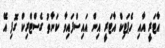
އާޓަރީ އާއި ހެޕަޓިކް އާޓަރީ އިން އައިސްފައިވާ ކަނާތު ގެސްޓްރިކް ގޮފި އޭ